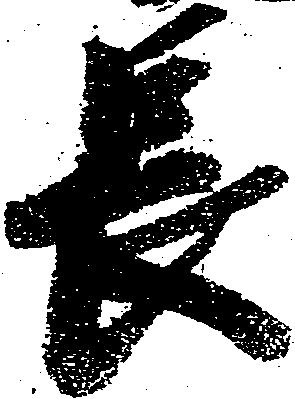
長